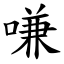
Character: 嗛